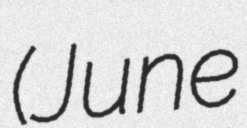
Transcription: (June